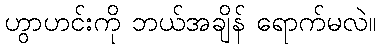
ဟွာဟင်းကို ဘယ်အချိန် ရောက်မလဲ။